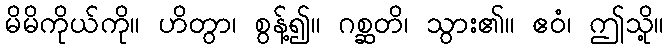
မိမိကိုယ်ကို။ ဟိတွာ၊ စွန့်၍။ ဂစ္ဆတိ၊ သွား၏။ ဧဝံ၊ ဤသို့။